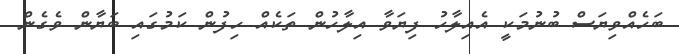
ބަހެއްވިޔަސް ބުނުމަކީ އެއިލާހު ފިޔަވާ އިލާހުން ތަކެއް ހިފުން ކަމުގައި ބަޔާން ވެގެން